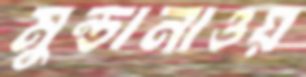
মুন্ডানাওয়